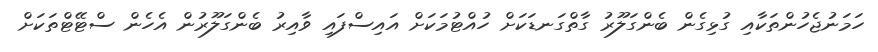
ހަމަނުޖެހުންތަކާއި ގުޅިގެން ބެންގަލޫރު ގާތްގަނޑަކަށް ހުއްޓުމަކަށް އައިސްފައި ވާއިރު ބެންގަލޫރުން އެހެން ސްޓޭޓްތަކަށް